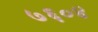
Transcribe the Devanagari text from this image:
७६०४